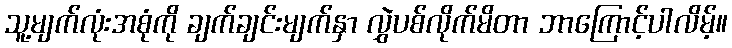
သူ့မျက်လုံးအစုံကို ချက်ချင်းမျက်နှာ လွှဲပစ်လိုက်မိတာ ဘာကြောင့်ပါလိမ့်။